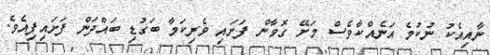
ނާއިއެކު ނުކުމެ އަނެއްކާވެސް މަށޭ ގޮވާން ފަށައި ވެރިކަމާ ބަގުޑި ބައްދަން ފަށައިފިއެވެ.